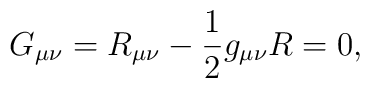
G_{\mu\nu} = R_{\mu\nu} - {1\over 2} g_{\mu\nu} R =0,